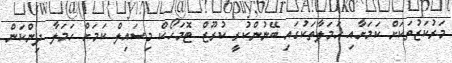
މަރުކަޒުތަކަށް ކަމަށާއި ޙަމަލާތަކުގައި ބޭނުންކުރީ ކުރޫޒް ޓޮމަހޯކް މިސައިލް ކަމަށް ހަމަލާ ދިންކަން